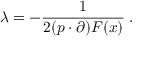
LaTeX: \lambda = - \frac { 1 } { 2 ( p \cdot \partial ) F ( x ) } \; .